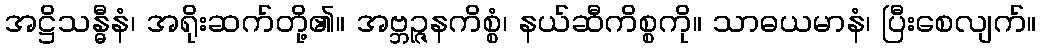
အဋ္ဌိသန္ဓီနံ၊ အရိုးဆက်တို့၏။ အဗ္ဘဉ္ဇနကိစ္စံ၊ နယ်ဆီကိစ္စကို။ သာဓယမာနံ၊ ပြီးစေလျက်။